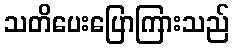
သတိပေးပြောကြားသည်